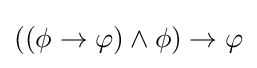
((\phi \to \varphi )\land \phi )\to \varphi